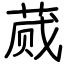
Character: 蒇